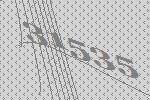
31535